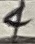
Text: 4